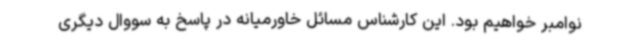
نوامبر خواهیم بود. این کارشناس مسائل خاورمیانه در پاسخ به سووال دیگری